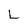
Character: L